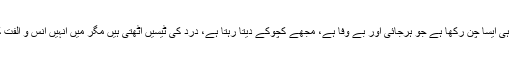
شاید اسی وجہ سے میں نے محبوب ہی ایسا چن رکھا ہے جو ہرجائی اور بے وفا ہے، مجھے کچوکے دیتا رہتا ہے، درد کی ٹیسیں اٹھتی ہیں مگر میں انہیں انس و الفت کی لہر سمجھتے ہوئے مزہ لیتا ہوں۔